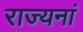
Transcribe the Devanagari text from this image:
राज्यनां